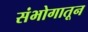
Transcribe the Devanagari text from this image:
संभोगातून